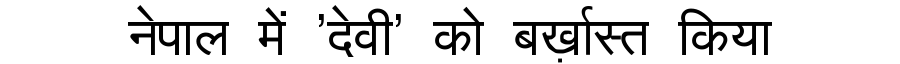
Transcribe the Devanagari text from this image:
नेपाल में 'देवी' को बर्ख़ास्त किया